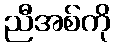
ညီအစ်ကို